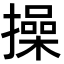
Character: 操